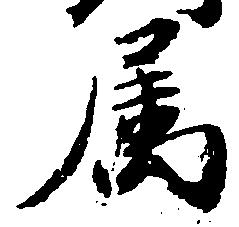
属